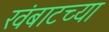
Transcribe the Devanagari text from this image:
खंबाटच्या